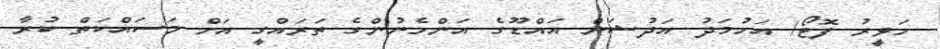
ހަވީރު ފޮޓޯ/ އަހުމަދު އަދުޝަން އައްޑޫގެ އަންހެނުންގެ ތަރައްގީ އަށް މަސައްކަތް ކުރާ